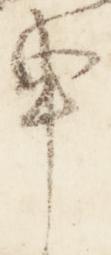
申